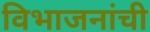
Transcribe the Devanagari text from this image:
विभाजनांची